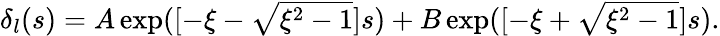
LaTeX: \begin{array}{r}{\delta_{l}(s)=A\exp([-\xi-\sqrt{\xi^{2}-1}]s)+B\exp([-\xi+\sqrt{\xi^{2}-1}]s).}\end{array}